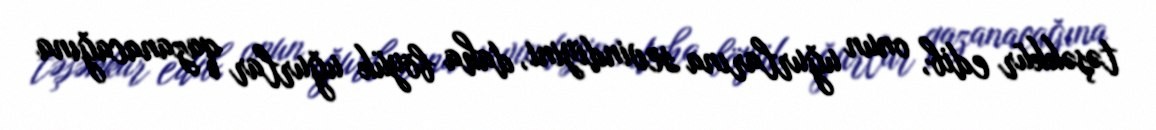
təşəkkür edib, onun uğurlarına sevindiyini, daha böyük uğurlar qazanacağına